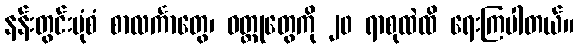
နန်းတွင်းပုံစံ စာလင်္ကာတွေ၊ ဝတ္ထုတွေကို ၂၀ ရာစုထဲထိ ရေးကြပါတယ်။